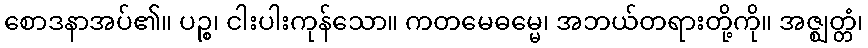
စောဒနာအပ်၏။ ပဉ္စ၊ ငါးပါးကုန်သော။ ကတမေဓမ္မေ၊ အဘယ်တရားတို့ကို။ အဇ္ဈတ္တံ၊